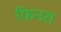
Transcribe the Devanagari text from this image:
फिनरा